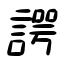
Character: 諤